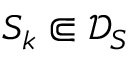
\cal S _ { k } \Subset \mathcal { D } _ { S }